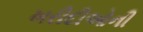
ખરીદીઓની